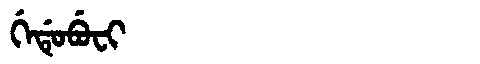
Manchu: ᡤᡝᡩᡠᠪᡠᠸᡳ
Romanization: GEDUBUFI